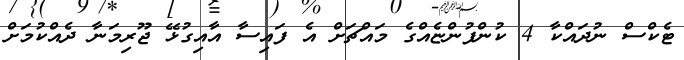
ޓެކްސް ނުދައްކާ 4 ކުންފުންޏެއްގެ މައްޗަށް އެ ފައިސާ އާއިގުޅޭ ޖޫރިމަނާ ދެއްކުމަށް